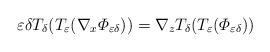
LaTeX: \begin{align*}\varepsilon\delta\displaystyle T_{\delta}(T_{\varepsilon}(\nabla_{x}\varPhi_{\varepsilon\delta}))=\nabla_{z}T_{\delta}(T_{\varepsilon}(\varPhi_{\varepsilon\delta}))\end{align*}